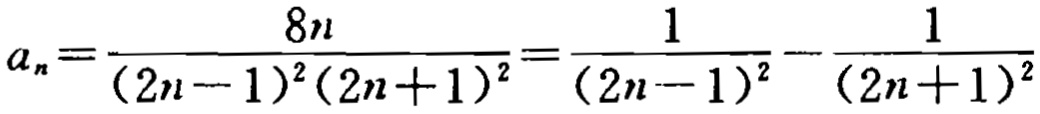
\[a_{n}=\frac{8n}{(2n - 1)^{2}(2n + 1)^{2}}=\frac{1}{(2n - 1)^{2}}-\frac{1}{(2n + 1)^{2}}\]